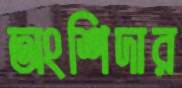
অংশিদার